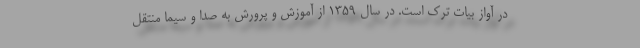
در آواز بیات ترک است. در سال ۱۳۵۹ از آموزش و پرورش به صدا و سیما منتقل